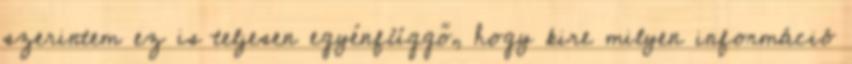
szerintem ez is teljesen egyénfüggő, hogy kire milyen információ